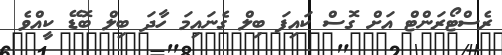
ރެސްޓޯރަންޓް އަށް ގޮސް ކައިފަ ބިލް ގެނައިމަ ހާދަ ބިލް ބޮޑޭ ކީއްވެ